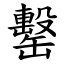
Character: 罊